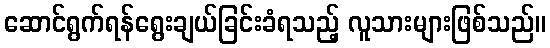
ဆောင်ရွက်ရန်ရွေးချယ်ခြင်းခံရသည့် လူသားများဖြစ်သည်။